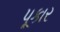
પૂકાર